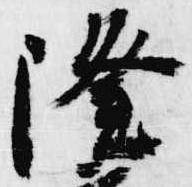
隆